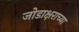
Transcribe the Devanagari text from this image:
जोडाक्षराच्या